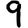
Digit: 9